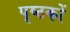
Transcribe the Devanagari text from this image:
पृष्ठकों